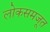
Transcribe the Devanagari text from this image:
लोकसमजूत